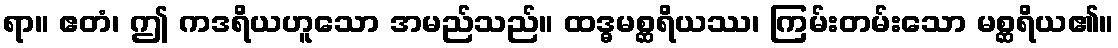
ရာ။ ဧတံ၊ ဤ ကဒရိယဟူသော အမည်သည်။ ထဒ္ဓမစ္ဆရိယဿ၊ ကြမ်းတမ်းသော မစ္ဆရိယ၏။